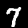
Digit: 7